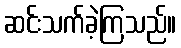
ဆင်းသက်ခဲ့ကြသည်။